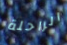
الراحلة